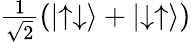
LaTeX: \textstyle{\frac{1}{\sqrt{2}}}(\left|\uparrow\downarrow\right\rangle+\left|\downarrow\uparrow\right\rangle)